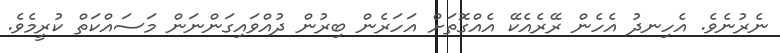
ނެރުނެވެ. އެހިނދު އެހެން ރޭރެއެކޭ އެއްގޮތަށް އަހަރެން ބިރުން ދުއްވައިގަންނަން މަސައްކަތް ކުރީމެވެ.